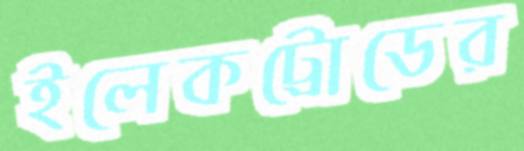
ইলেকট্রোডের